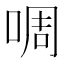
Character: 啁